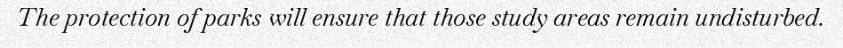
The protection of parks will ensure that those study areas remain undisturbed.